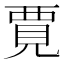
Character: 𫌞